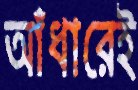
আঁধারেই